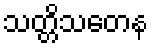
သတ္တိသတေန